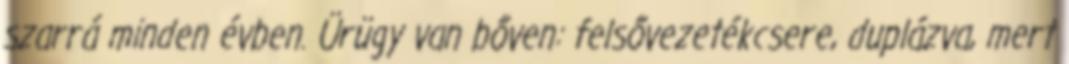
szarrá minden évben. Ürügy van bőven: felsővezetékcsere, duplázva, mert